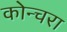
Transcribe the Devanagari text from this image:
कोन्चरा